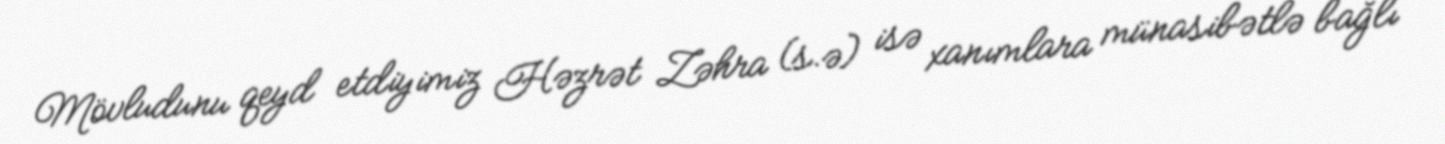
Mövludunu qeyd etdiyimiz Həzrət Zəhra (s.ə) isə xanımlara münasibətlə bağlı